Senior Leaving Certificate Examination (including Day School Certificate (Higher) General paper), 1946
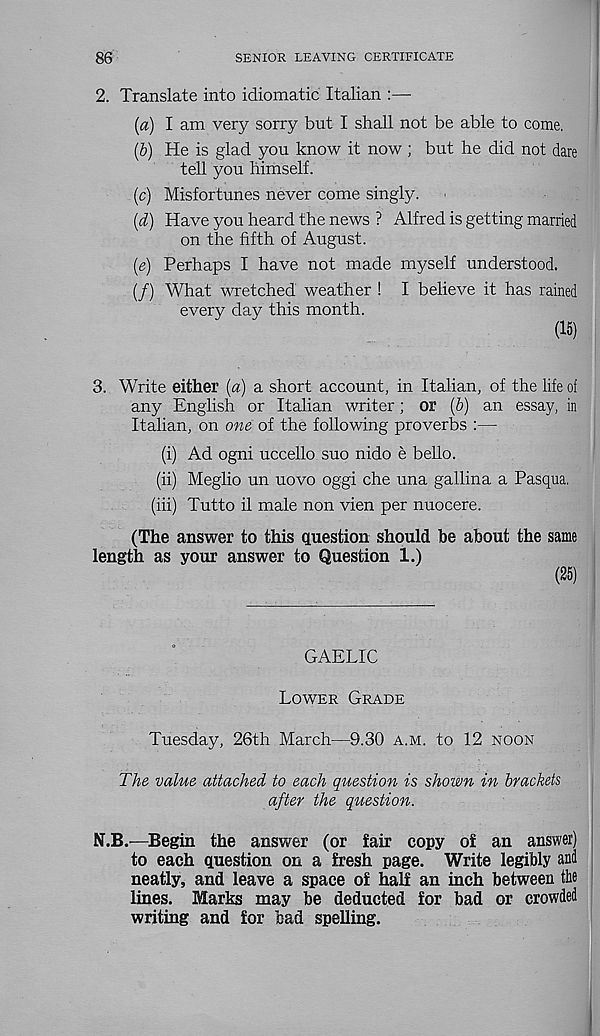
86
SENIOR LEAVING CERTIFICATE
2. Translate into idiomatic Italian :—
(a) I am very sorry but I shall not be able to come.
(b) He is glad you know it now ; but he did not dare
tell you himself.
(c) Misfortunes never come singly.
(d) Have you heard the news ? Alfred is getting married
on the fifth of August.
(e) Perhaps I have not made myself understood.
(/) What wretched weather ! I believe it has rained
every day this month.
(15)
3. Write either (a) a short account, in Italian, of the life of
any English or Italian writer; or (6) an essay, in
Italian, on one of the following proverbs :—
(i) Ad ogni uccello suo nido e bello.
(ii) Meglio un uovo oggi che una gallina a Pasqua.
(hi) Tutto il male non vien per nuocere.
(The answer to this question should be about the same
length as your answer to Question 1.)
(25)
GAELIC
Lower Grade
Tuesday, 26th March—9.30 a.m. to 12 noon
The value attached to each question is shown in brackets
after the question.
N.B.'—Begin the answer (or fair copy of an answer)
to each question on a fresh page. Write legibly and
neatly, and leave a space of half an inch between the
lines. Marks may be deducted for bad or crowded
writing and for bad spelling.